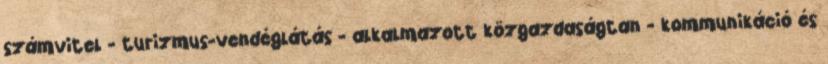
számvitel - turizmus-vendéglátás - alkalmazott közgazdaságtan - kommunikáció és